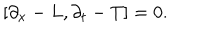
LaTeX: \left[ \partial _ { x } - L , \partial _ { t } - T \right] = 0 .